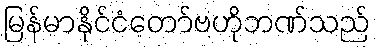
မြန်မာနိုင်ငံတော်ဗဟိုဘဏ်သည်